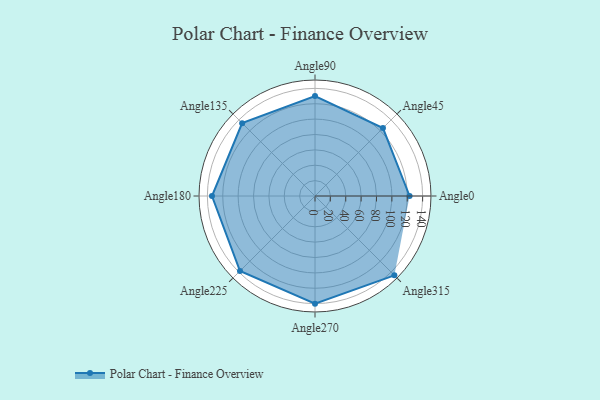
{"axis": {"x": "Angle", "y": "Radius"}, "legend": [""], "data": [{"x": "Angle0", "y": 123.0, "type": ""}, {"x": "Angle45", "y": 125.0, "type": ""}, {"x": "Angle90", "y": 130.0, "type": ""}, {"x": "Angle135", "y": 134.0, "type": ""}, {"x": "Angle180", "y": 134.0, "type": ""}, {"x": "Angle225", "y": 138.0, "type": ""}, {"x": "Angle270", "y": 140.0, "type": ""}, {"x": "Angle315", "y": 146.0, "type": ""}]}